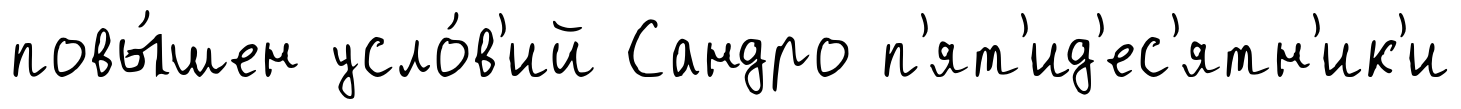
повы́шен усло́в'ий Сандро п'ят'ид'ес'ятн'ик'и